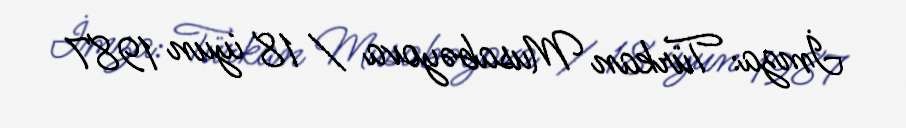
İmza: Türkan Musabəyova / 18 iyun 1987